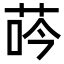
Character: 荶